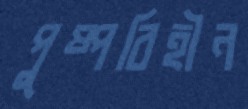
পুষ্পবিহীন